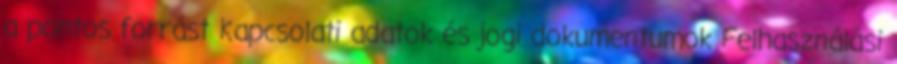
a pontos forrást Kapcsolati adatok és jogi dokumentumok Felhasználási